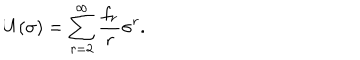
LaTeX: U ( \sigma ) = \sum _ { r = 2 } ^ { \infty } \frac { f _ { r } } { r } \sigma ^ { r } .